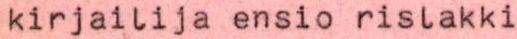
kirjailija ensio rislakki